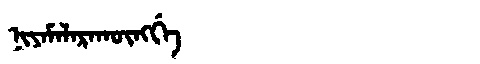
Manchu: ᠨᡳᠶᠠᠮᠠᠯᠠᡵᠠᡴᡡᠩᡤᡝ
Romanization: NIYAMALARAKŪNGGE